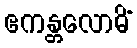
ဧကန္တလောမိံ